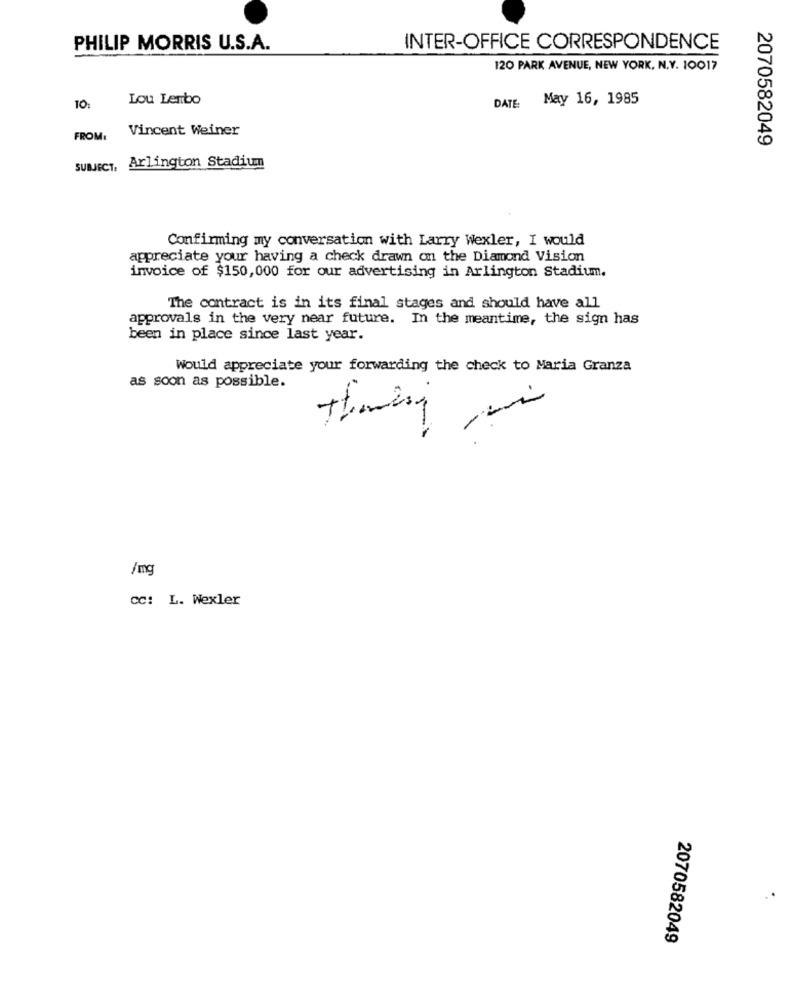
PHILIP MORRIS U.S.A.
INTER-OFFICE CORRESPONDENCE
120 PARK AVENUE, NEW YORK, N.Y. 10017
Lou Lembo
May 16, 1985
10:
DATE:
Vincent Weiner
FROM:
2070582049
SUBJECT, Arlington Stadium
Confirming my conversation with Larry Wexler, I would
appreciate your having a check drawn on the Diamond Vision
invoice of $150,000 for our advertising in Arlington Stadium.
The contract is in its final stages and should have all
approvals in the very near future. In the meantime, the sign has
been in place since last year.
Would appreciate your forwarding the check to Maria Granza
as soon as possible.
/mg
CC: L. Wexler
2070582049